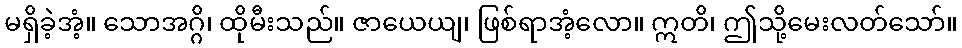
မရှိခဲ့အံ့။ သောအဂ္ဂိ၊ ထိုမီးသည်။ ဇာယေယျ၊ ဖြစ်ရာအံ့လော။ ဣတိ၊ ဤသို့မေးလတ်သော်။